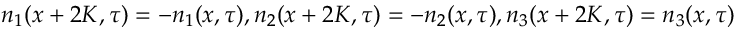
n _ { 1 } ( x + 2 K , \tau ) = - n _ { 1 } ( x , \tau ) , n _ { 2 } ( x + 2 K , \tau ) = - n _ { 2 } ( x , \tau ) , n _ { 3 } ( x + 2 K , \tau ) = n _ { 3 } ( x , \tau )